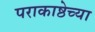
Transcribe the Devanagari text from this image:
पराकाष्ठेच्या